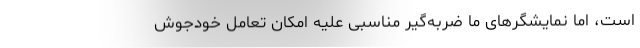
است، اما نمایشگرهای ما ضربه‌گیر مناسبی علیه امکانِ تعاملِ خودجوشِ